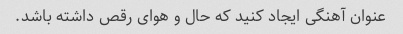
عنوان آهنگی ایجاد کنید که حال و هوای رقص داشته باشد.